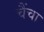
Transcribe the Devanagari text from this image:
चैंचा